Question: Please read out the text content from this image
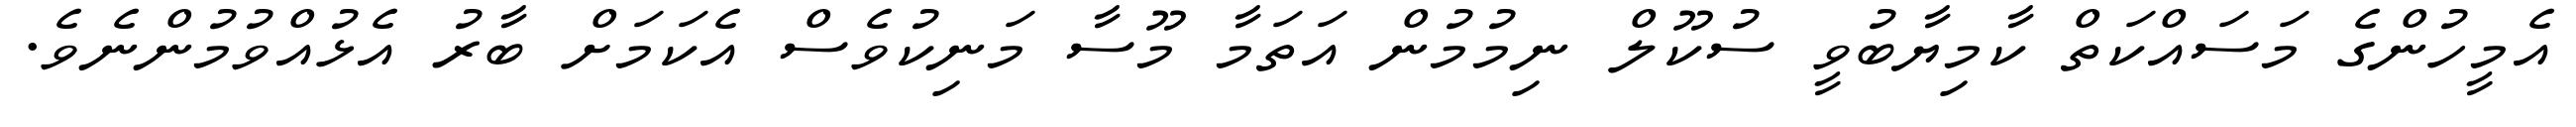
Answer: އެމީހުންގެ މަސައްކަތް ކާމިޔާބުވީ ސުކޫލް ނިމުމުން އަތަމާ މޫސާ މަނިކުވެސް އެކަމަށް ބާރު އެޅުއްވުމުންނެވެ.